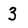
Character: 3